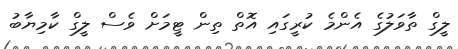
ލީގް ތާވަލުގެ އެންމެ ކުރީގައި އޮތް ތިން ޓީމަށް ވެސް ލީގް ކާމިޔާބު